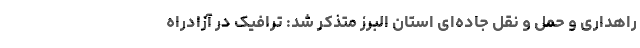
راهداری و حمل و نقل جاده‌ای استان البرز متذکر شد: ترافیک در آزادراه